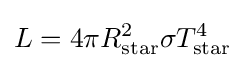
L=4\pi R_{\rm {star}}^{2}\sigma T_{\rm {star}}^{4}